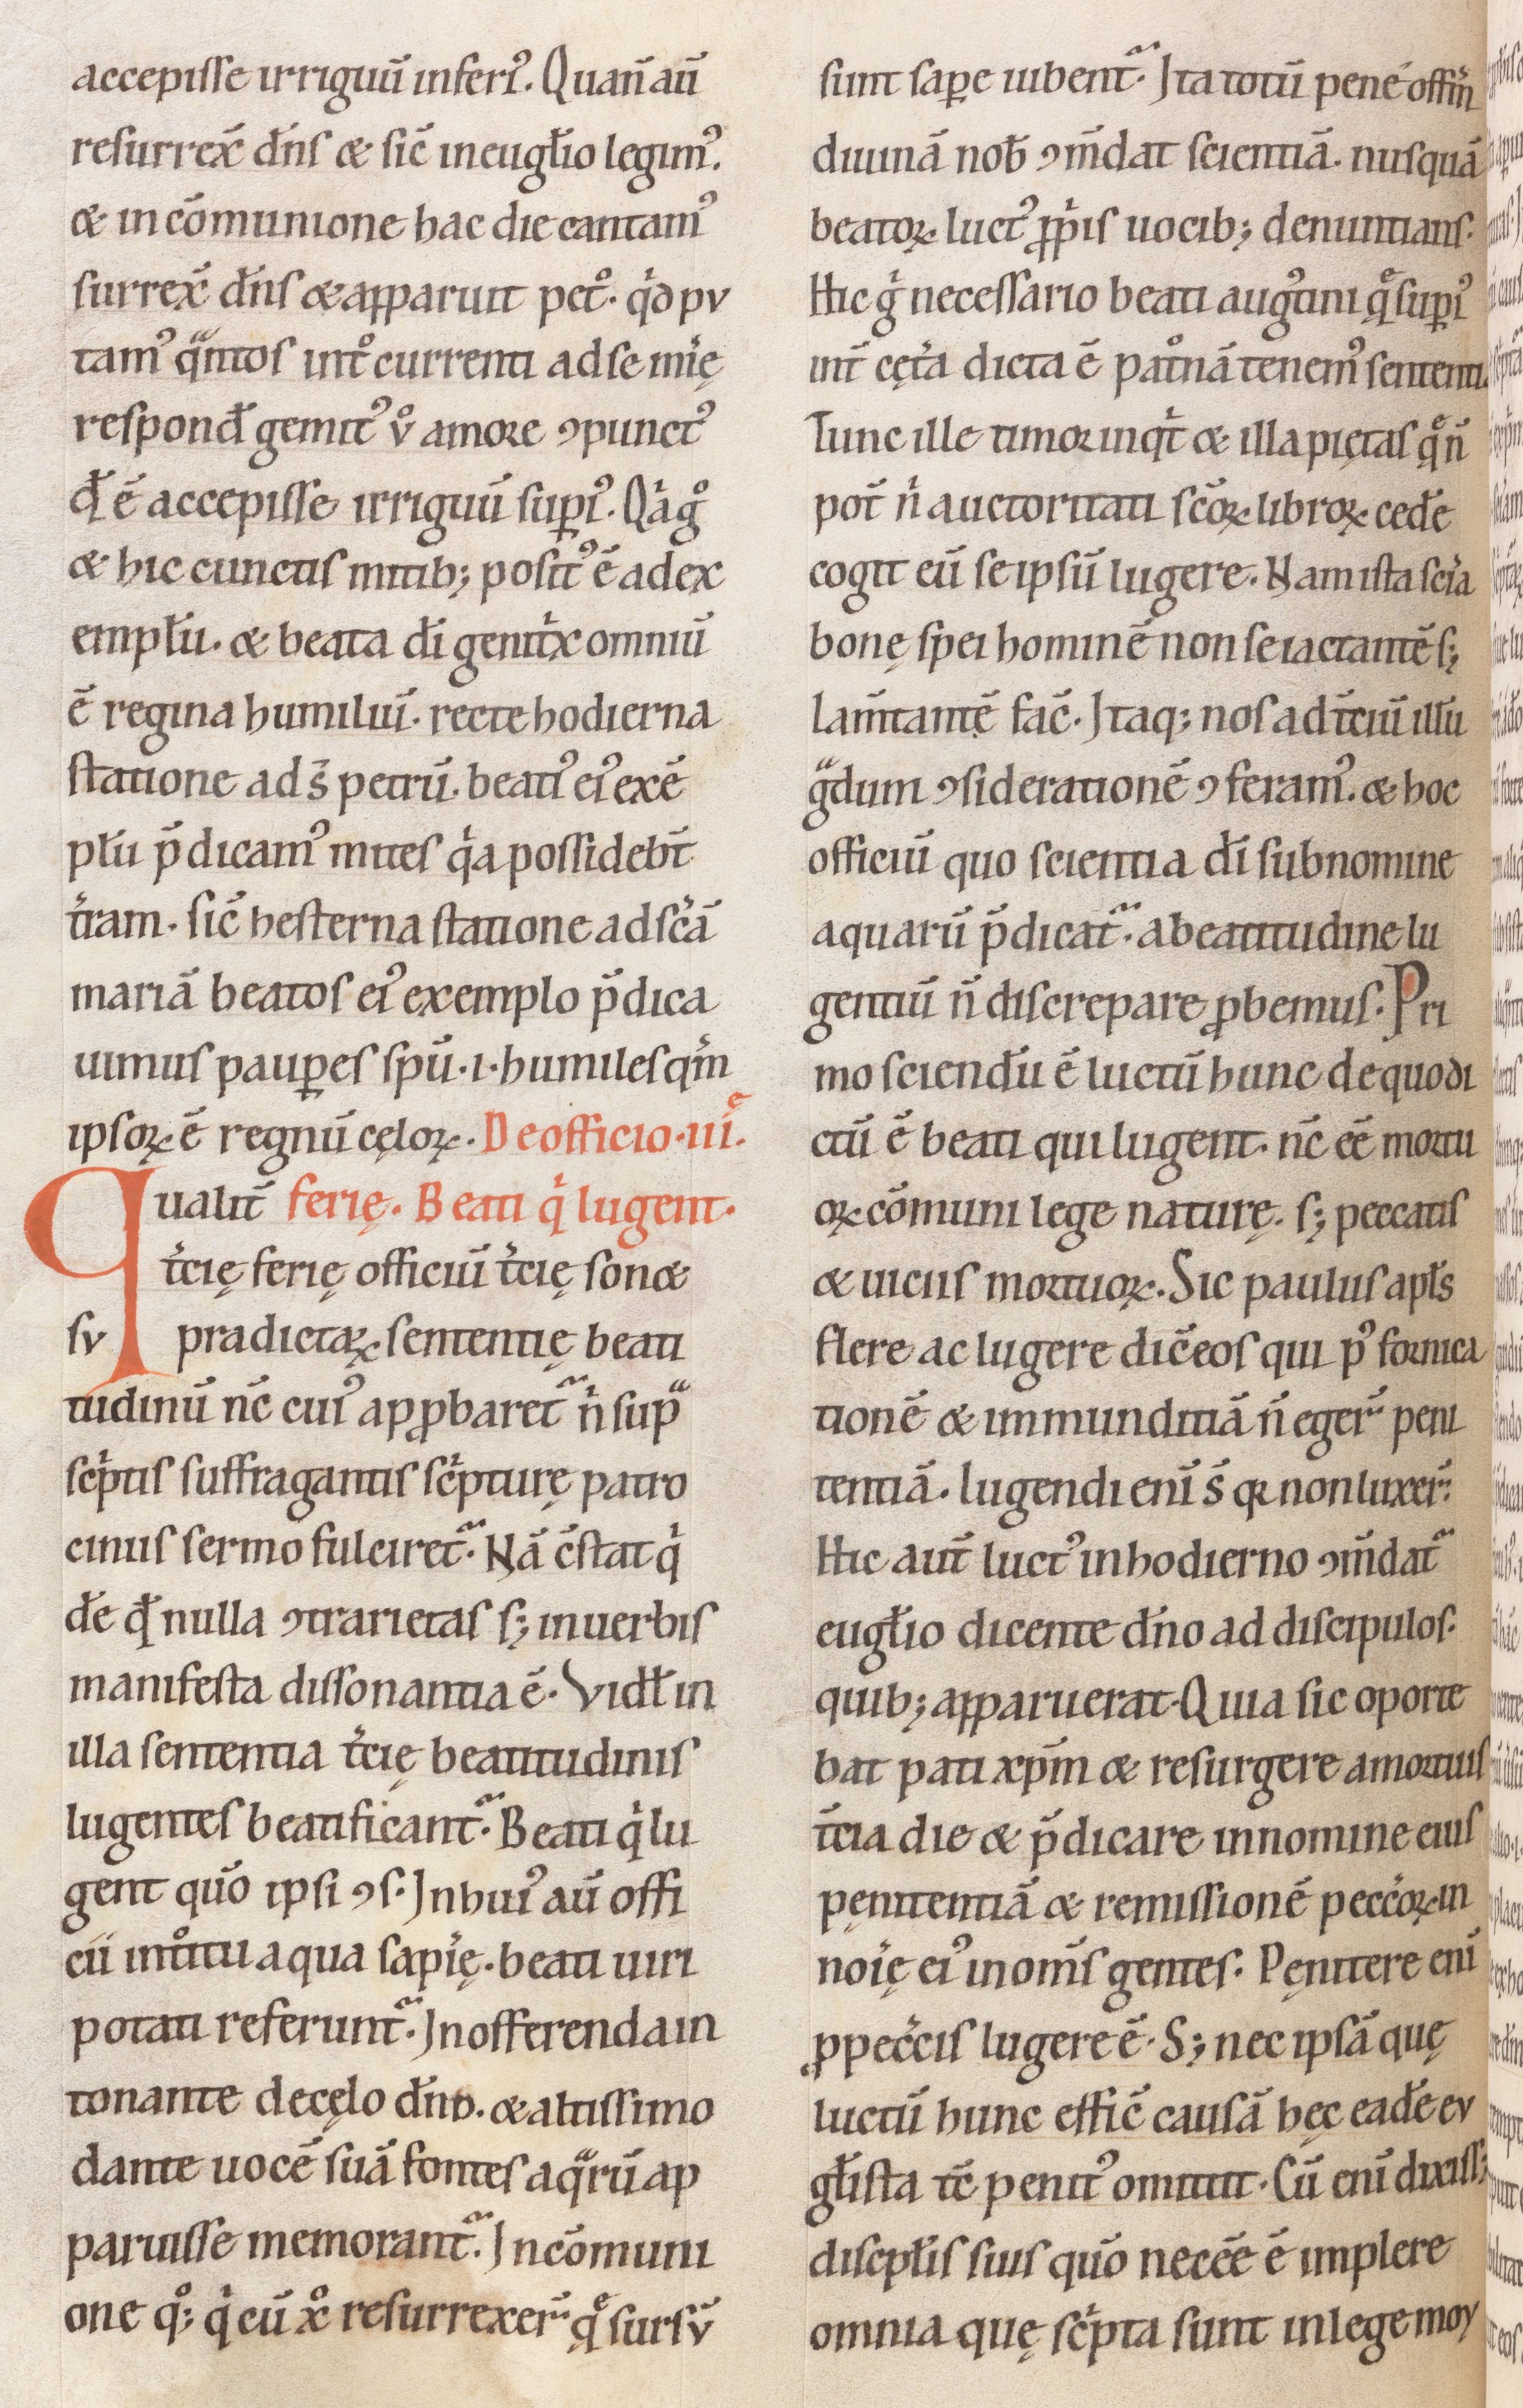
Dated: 1100–1199